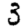
Digit: 3